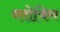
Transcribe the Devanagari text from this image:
ब्‍लोविग